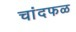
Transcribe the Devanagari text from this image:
चांदफळ